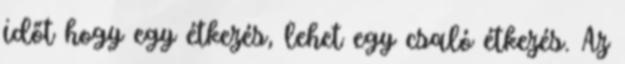
időt hogy egy étkezés, lehet egy csaló étkezés. Az